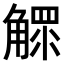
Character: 𧤩